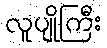
လူပျိုကြီး